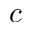
c